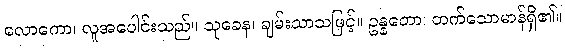
လောကော၊ လူအပေါင်းသည်။ သုခေန၊ ချမ်းသာသဖြင့်။ ဥန္နတော၊ တက်သောမာန်ရှိ၏။